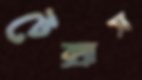
টেক্সাস